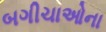
બગીચાઓના